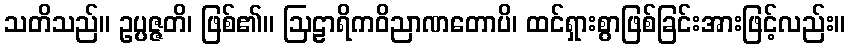
သတိသည်။ ဥပ္ပဇ္ဇတိ၊ ဖြစ်၏။ ဩဠာရိကဝိညာဏတောပိ၊ ထင်ရှားစွာဖြစ်ခြင်းအားဖြင့်လည်း။